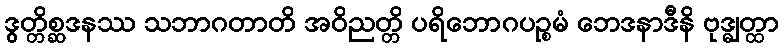
ဒွတ္တိစ္ဆဒနဿ သဘာဂတာတိ အဝိညတ္တိ ပရိဘောဂပဉ္စမံ ဘေဒနာဒီနိ ဗုဒ္ဓျတ္ထာ